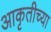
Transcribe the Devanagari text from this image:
आकृतीच्या